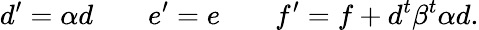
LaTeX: d^{\prime}=\alpha d\; \; \; \; \; \; \; e^{\prime}=e\; \; \; \; \; \; \; f^{\prime}=f+d^{t}\beta^{t}\alpha d.